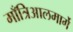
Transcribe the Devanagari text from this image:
माँत्रिआलमार्गे